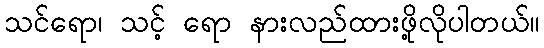
သင်ရော၊ သင့် ရော နားလည်ထားဖို့လိုပါတယ်။